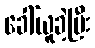
ခေါ်ယူခဲ့ပြီး